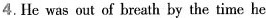
4. He was out of breath by the time he